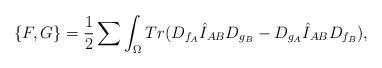
LaTeX: \begin{align*}\{ F,G \} ={1 \over 2}\sum\int_{\Omega} Tr(D_{f_A}\hat I_{AB}D_{g_B}- D_{g_A}\hat I_{AB}D_{f_B}),\end{align*}